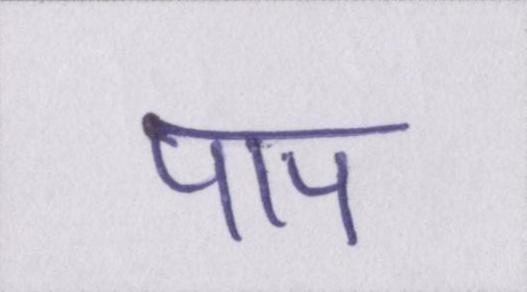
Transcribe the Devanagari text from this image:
पाप